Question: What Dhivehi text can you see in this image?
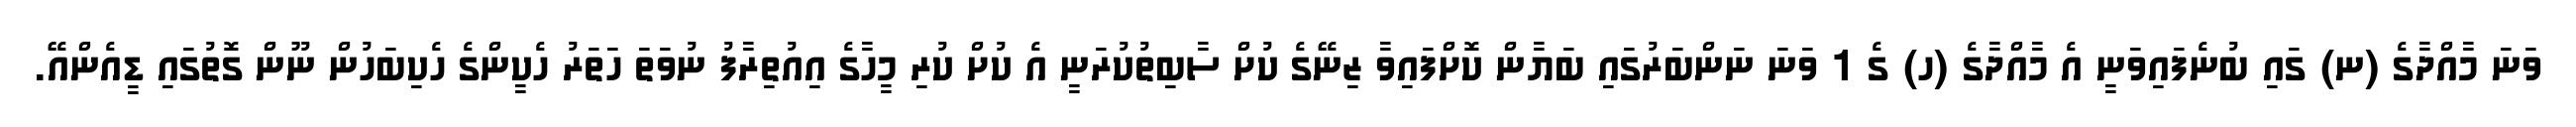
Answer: ވަނަ މާއްދާގެ (ނ) ގައި ބުނެފައިވަނީ އެ މާއްދާގެ (ހ) ގެ 1 ވަނަ ނަންބަރުގައި ބަޔާން ކޮށްފައިވާ ޒިނޭގެ ކުށް ސާބިތުކުރަނީ އެ ކުށް ކުރި މީހާގެ އިއުތިރާފު ނުވަތަ ހަތަރު ހެކީންގެ ހެކިބަހުން ނޫން ގޮތުގައި ޑީއެންއޭ.